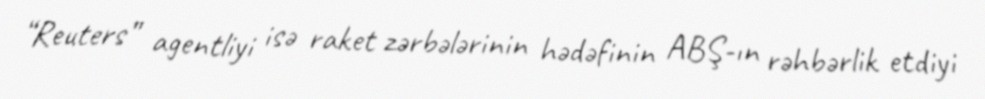
“Reuters” agentliyi isə raket zərbələrinin hədəfinin ABŞ-ın rəhbərlik etdiyi